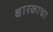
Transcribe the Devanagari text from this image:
क्षारकाचा